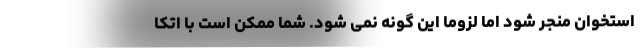
استخوان منجر شود اما لزوما این گونه نمی شود. شما ممکن است با اتکا